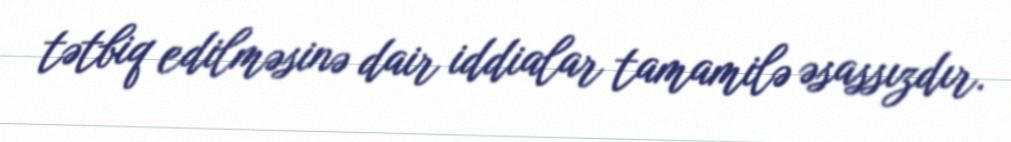
tətbiq edilməsinə dair iddialar tamamilə əsassızdır.